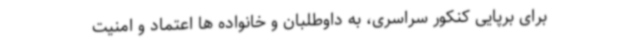
برای برپایی کنکور سراسری، به داوطلبان و خانواده ها اعتماد و امنیت